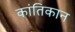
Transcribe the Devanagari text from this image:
कांतिकान